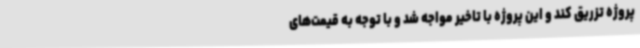
پروژه تزریق کند و این پروژه با تاخیر مواجه شد و با توجه به قیمت‌های